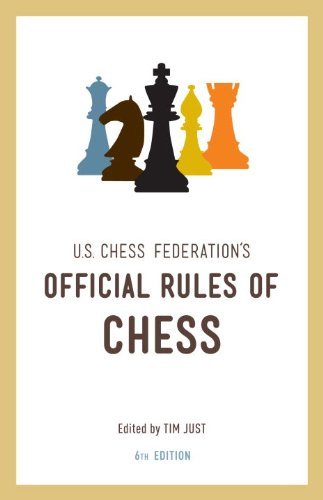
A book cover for United States Chess Federation's Official Rules of Chess, Sixth Edition; U.S. Chess Federation; Humor & Entertainment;